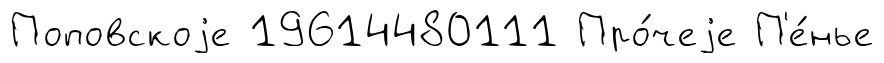
Поповскоjе 19614480111 Про́чеjе П'е́нье